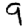
Digit: 9